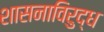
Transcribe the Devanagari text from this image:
शासनाविरुद्ध